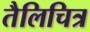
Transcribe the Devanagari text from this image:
तैलिचित्र